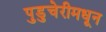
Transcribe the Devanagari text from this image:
पुडुचेरीमधून